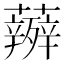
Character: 𮓋